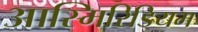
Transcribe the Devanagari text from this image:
आस्मिरिडियम